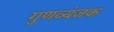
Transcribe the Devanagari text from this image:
गुणव्यंजक